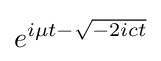
e^{i\mu t-{\sqrt {-2ict}}}